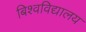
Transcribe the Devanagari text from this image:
बिश्वविद्यालय